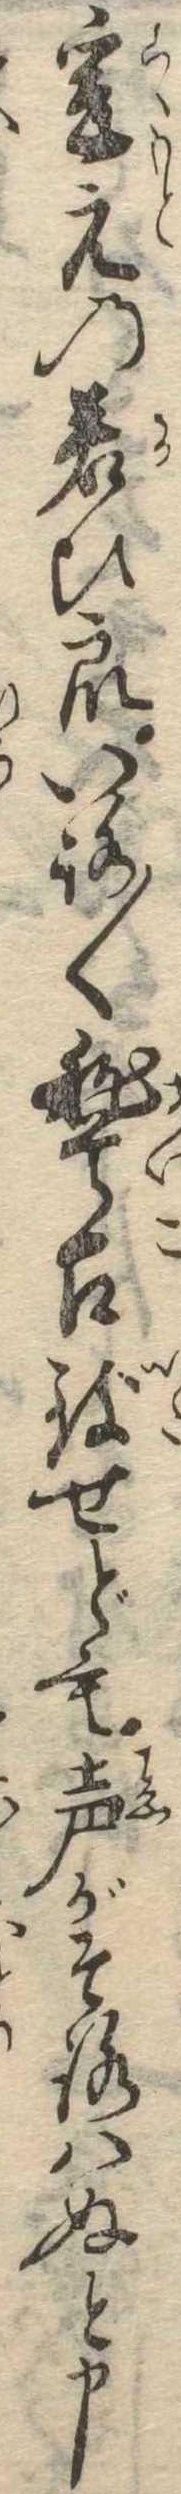
爰元の若ひ衆いろ〱稽古致せども声がそろはぬと申